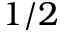
1 / 2